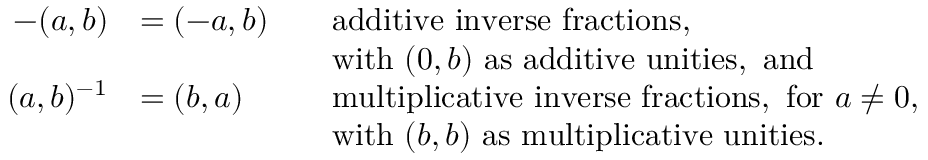
{ \begin{array} { r l r l } { - ( a , b ) } & { = ( - a , b ) } & & { { \mathrm { a d d i t i v e ~ i n v e r s e ~ f r a c t i o n s , } } } \\ & { } & & { { \mathrm { w i t h ~ } } ( 0 , b ) { \mathrm { ~ a s ~ a d d i t i v e ~ u n i t i e s , ~ a n d } } } \\ { ( a , b ) ^ { - 1 } } & { = ( b , a ) } & & { { \mathrm { m u l t i p l i c a t i v e ~ i n v e r s e ~ f r a c t i o n s , ~ f o r ~ } } a \neq 0 , } \\ & { } & & { { \mathrm { w i t h ~ } } ( b , b ) { \mathrm { ~ a s ~ m u l t i p l i c a t i v e ~ u n i t i e s } } . } \end{array} }